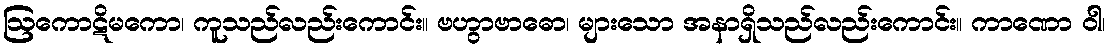
ဩကောဋိမကော၊ ကူသည်လည်းကောင်း။ ဗဟွာဗာဓော၊ များသော အနာရှိသည်လည်းကောင်း။ ကာဏော ဝါ၊